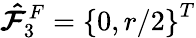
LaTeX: \boldsymbol{\hat{\mathcal{F}}}_{3}^{F}=\left\{ 0,r/2\right\} ^{T}